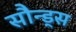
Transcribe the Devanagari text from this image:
सौन्ड्स